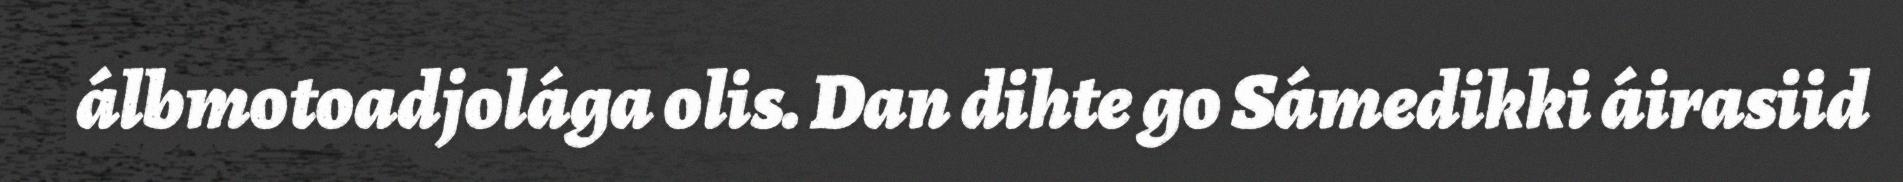
álbmotoadjolága olis. Dan dihte go Sámedikki áirasiid